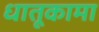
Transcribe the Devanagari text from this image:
धातूकामा